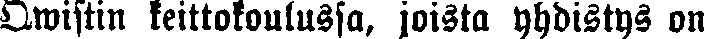
Qwistin keittokoulussa, joista yhdistys on